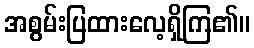
အစွမ်းပြထားလေ့ရှိကြ၏။